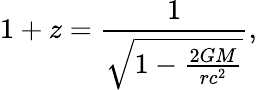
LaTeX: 1+z={\frac{1}{\sqrt{1-{\frac{2GM}{rc^{2}}}}}},